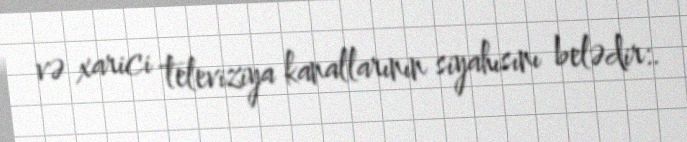
və xarici televiziya kanallarının siyahısını belədir:.